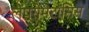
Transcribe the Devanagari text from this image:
लेप्रोमैटॉसिस